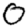
Digit: 0